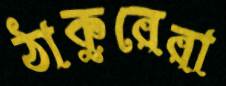
ঠাকুরেরা